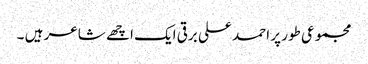
مجموعی طور پر احمد علی برقی ایک اچھے شاعر ہیں ۔